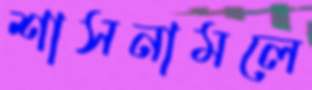
শাসনামলে